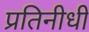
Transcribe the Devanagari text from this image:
प्रतिनीधी